Etiology and epidemiology of plague
Disease focus: Plague
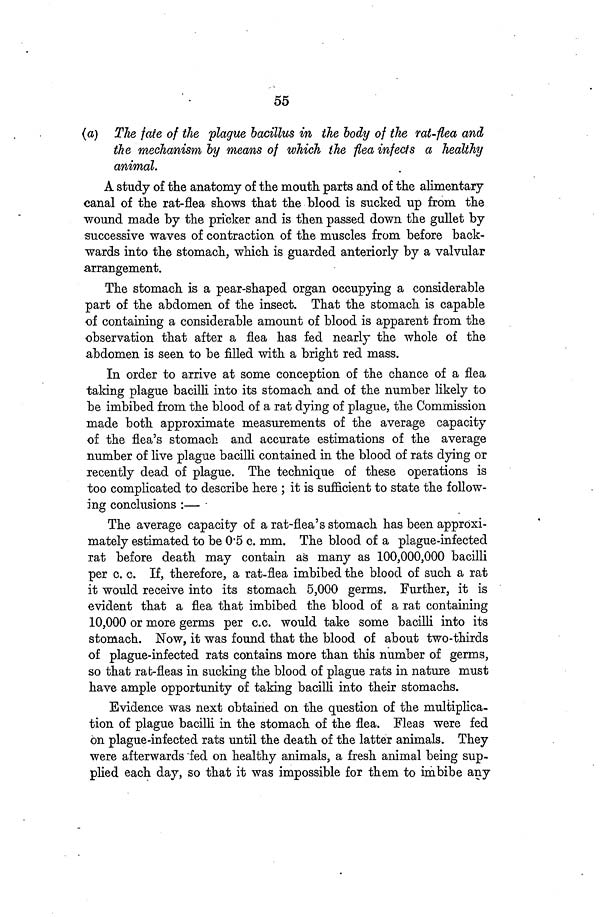
55
(a) The fate of the plague bacillus in the body of the rat-flea and
the mechanism by means of which the flea infects a healthy
animal.
A study of the anatomy of the mouth parts and of the alimentary
canal of the rat-flea shows that the blood is sucked up from the
wound made by the pricker and is then passed down the gullet by
successive waves of contraction of the muscles from before back-
wards into the stomach, which is guarded anteriorly by a valvular
arrangement.
The stomach is a pear-shaped organ occupying a considerable
part of the abdomen of the insect. That the stomach is capable
of containing a considerable amount of blood is apparent from the
observation that after a flea has fed nearly the whole of the
abdomen is seen to be filled with a bright red mass.
In order to arrive at some conception of the chance of a flea
taking plague bacilli into its stomach and of the number likely to
be imbibed from the blood of a rat dying of plague, the Commission
made both approximate measurements of the average capacity
of the flea's stomach and accurate estimations of the average
number of live plague bacilli contained in the blood of rats dying or
recently dead of plague. The technique of these operations is
too complicated to describe here ; it is sufficient to state the follow-
ing conclusions :—
The average capacity of a rat-flea's stomach has been approxi-
mately estimated to be 0 5 c. mm. The blood of a plague-infected
rat before death may contain as many as 100,000,000 bacilli
per c. c. If, therefore, a rat-flea imbibed the blood of such a rat
it would receive into its stomach 5,000 germs. Further, it is
evident that a flea that imbibed the blood of a rat containing
10,000 or more germs per c.c. would take some bacilli into its
stomach. Now, it was found that the blood of about two-thirds
of plague-infected rats contains more than this number of germs,
so that rab-fleas in sucking the blood of plague rats in nature must
have ample opportunity of taking bacilli into their stomachs.
Evidence was next obtained on the question of the multiplica-
tion of plague bacilli in the stomach of the flea. Fleas were fed
on plague-infected rats until the death of the latter animals. They
were afterwards fed on healthy animals, a fresh animal being sup-
plied each day, so that it was impossible for them to imbibe any